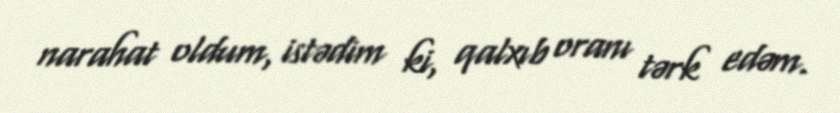
narahat oldum, istədim ki, qalxıb oranı tərk edəm.